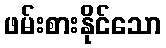
ဖမ်းစားနိုင်သော